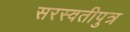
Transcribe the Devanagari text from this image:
सरस्वतीपुत्र